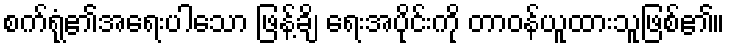
စက်ရုံ၏အရေးပါသော ဖြန့်ချိ ရေးအပိုင်းကို တာဝန်ယူထားသူဖြစ်၏။